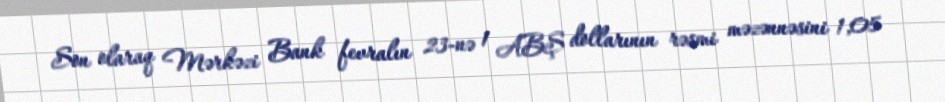
Son olaraq Mərkəzi Bank fevralın 23-nə 1 ABŞ dollarının rəsmi məzənnəsini 1,05